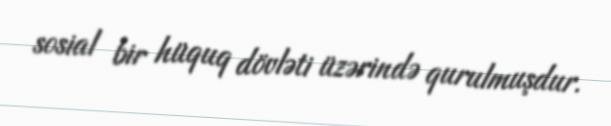
sosial bir hüquq dövləti üzərində qurulmuşdur.